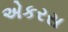
એકરસ